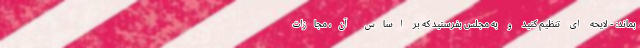
بماند: - لایحه ای تنظیم کنید و به مجلس بفرستید که بر اساس آن، مجازات